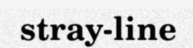
stray-line